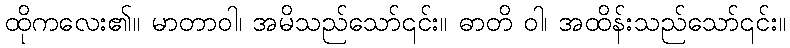
ထိုကလေး၏။ မာတာဝါ၊ အမိသည်သော်၎င်း။ ဓာတိ ဝါ၊ အထိန်းသည်သော်၎င်း။